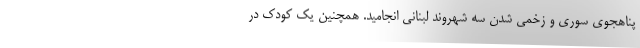
پناهجوی سوری و زخمی شدن سه شهروند لبنانی انجامید. همچنین یک کودک در